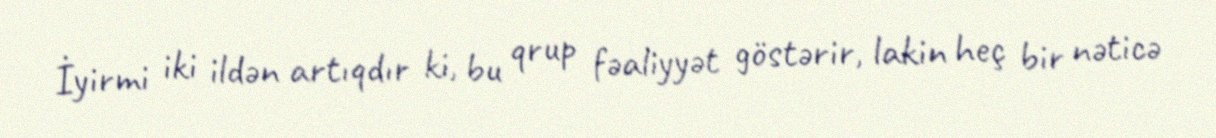
İyirmi iki ildən artıqdır ki, bu qrup fəaliyyət göstərir, lakin heç bir nəticə